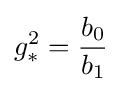
g_{\ast }^{2}={\frac {b_{0}}{b_{1}}}